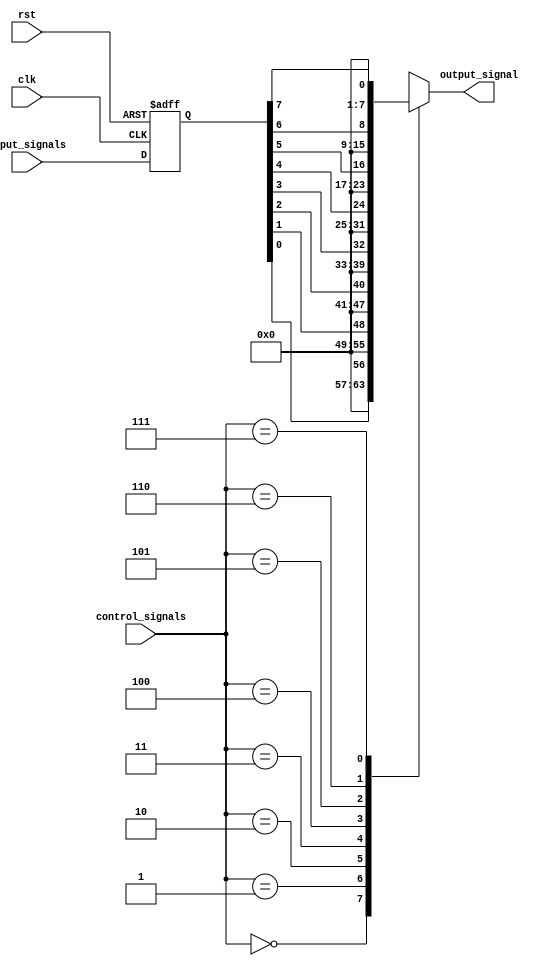
module bypass_register (
    input clk, // common clock signal
    input rst, // reset signal
    input [7:0] input_signals, // 8 input signals
    input [2:0] control_signals, // control signals for selecting active signal
    output reg [7:0] output_signal // output signal after bypass
);

// Synchronization flip-flops for each input signal
reg [7:0] synced_input_signals;
always @(posedge clk or posedge rst)
begin
    if (rst)
        synced_input_signals <= 8'b0;
    else
        synced_input_signals <= input_signals;
end

// Selection logic for active input signal
always @*
begin
    case (control_signals)
        3'b000: output_signal <= synced_input_signals[0];
        3'b001: output_signal <= synced_input_signals[1];
        3'b010: output_signal <= synced_input_signals[2];
        3'b011: output_signal <= synced_input_signals[3];
        3'b100: output_signal <= synced_input_signals[4];
        3'b101: output_signal <= synced_input_signals[5];
        3'b110: output_signal <= synced_input_signals[6];
        3'b111: output_signal <= synced_input_signals[7];
        default: output_signal <= 8'b0;
    endcase
end

endmodule